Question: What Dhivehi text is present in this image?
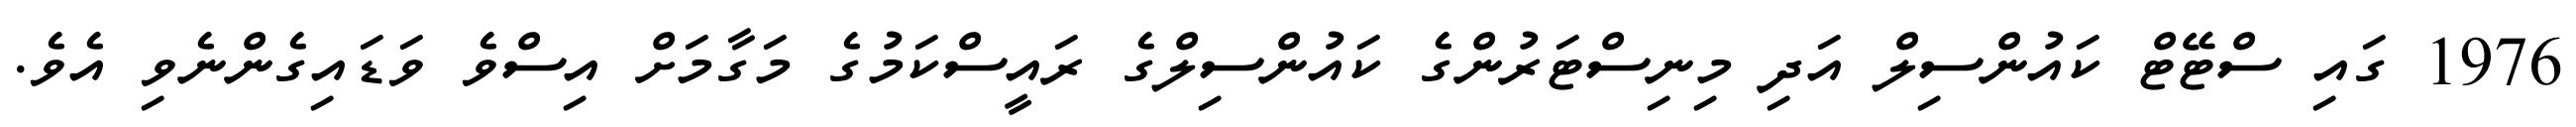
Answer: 1976 ގައި ސްޓޭޓް ކައުންސިލް އަދި މިނިސްޓަރުންގެ ކައުންސިލްގެ ރައީސްކަމުގެ މަގާމަށް އިސްވެ ވަޑައިގެންނެވި އެވެ.